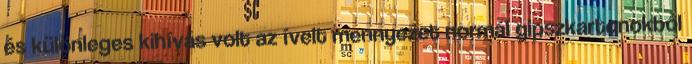
és különleges kihívás volt az ívelt mennyezet normál gipszkartonokból